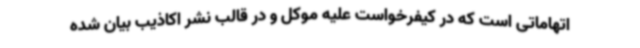
اتهاماتی است که در کیفرخواست علیه موکل و در قالب نشر اکاذیب بیان شده